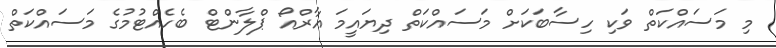
މި މަސައްކަތް ވަކި ހިސާބަކަށް މަސައްކަތް ދިޔައީމަ އާރްއޯ ޕްލާންޓް ބެހެއްޓުމުގެ މަސައްކަތް